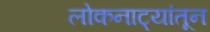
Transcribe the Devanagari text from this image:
लोकनाट्यांतून